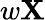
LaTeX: w\mathbf{X}